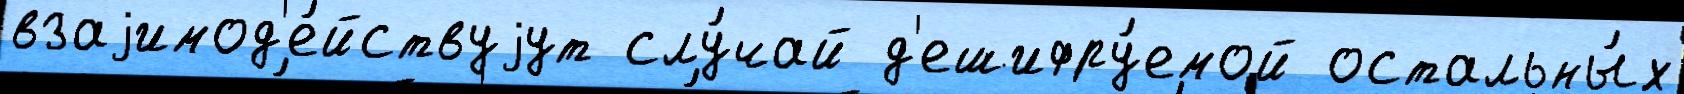
взаjимод'е́йствуjут слу́чай д'ешифру́емой остальны́х